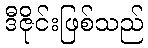
ဒီဇိုင်းဖြစ်သည်